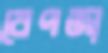
বেপজা